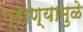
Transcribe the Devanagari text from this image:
प्राण्यामुळे